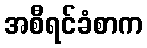
အစီရင်ခံစာက